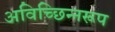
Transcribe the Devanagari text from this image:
अविच्छिन्नरूप